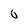
Character: 0